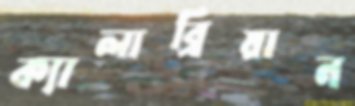
ক্যালাব্রিয়ান